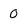
Character: O